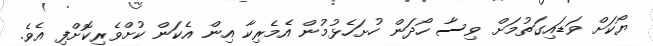
ޔޯކަށް ވަޑައިގަތުމަށް ވިސާ ހޯދަން ހުށަހެޅުމުން އެމެރިކާ އިން އެކަން ކުށްވެރިކޮށްފި އެވެ.